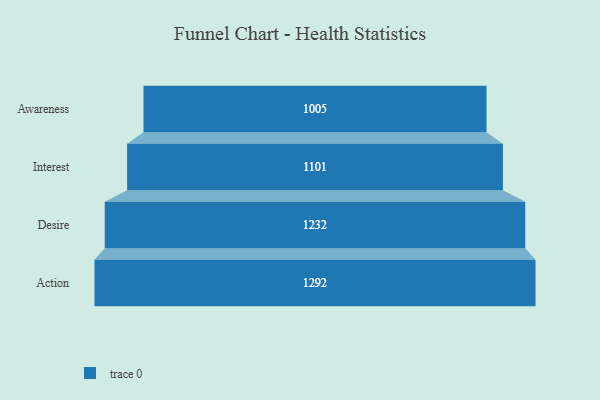
{"axis": {"x": "Stage", "y": "Value"}, "legend": [""], "data": [{"x": "Awareness", "y": 1005.0, "type": ""}, {"x": "Interest", "y": 1101.0, "type": ""}, {"x": "Desire", "y": 1232.0, "type": ""}, {"x": "Action", "y": 1292.0, "type": ""}]}